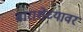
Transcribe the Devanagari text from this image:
बाराशेच्यावर